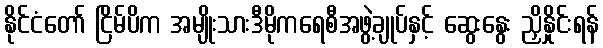
နိုင်ငံတော် ငြိမ်ပိက အမျိုးသားဒီမိုကရေစီအဖွဲ့ချုပ်နှင့် ဆွေးနွေး ညှိနှိုင်းရန်